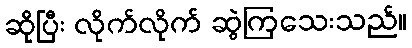
ဆိုပြီး လိုက်လိုက် ဆွဲကြသေးသည်။